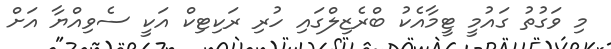
މި ވަގުތު ގައުމީ ޓީމާއެކު ބްރެޒިލްގައި ހުރި ރަކިޓިކް އަކީ ސެވިއްޔާ އަށް